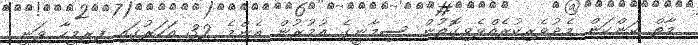
މާތް ކަންކަން މެދުވެރިކުރެއްވެވިގޮތުން ސިމާނީގެ އުމުރުން އެންމެ 32 އަހަރުގައި ފިރިމީހާ ވަނީ